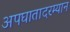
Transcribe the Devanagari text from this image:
अपघातादरम्यान